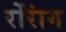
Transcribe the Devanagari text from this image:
रोंरांग